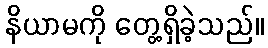
နိယာမကို တွေ့ရှိခဲ့သည်။